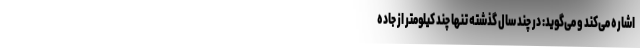
اشاره می‌کند و می‌گوید: در چند سال گذشته تنها چند کیلومتر از جاده